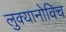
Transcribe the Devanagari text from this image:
लुक्यानोविच